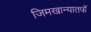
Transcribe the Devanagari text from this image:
जिमखान्यातर्फे